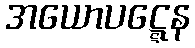
အယောပဋ္ဋေန